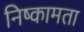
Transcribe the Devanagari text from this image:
निष्कामता